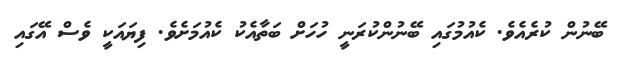
ބޭނުން ކުރެއެވެ. ކެއުމުގައި ބޭނުންކުރަނީ ހުހަށް ބަތާއެކު ކެއުމަށެވެ. ފިޔައަކީ ވެސް އޭގައި